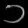
Digit: ၁